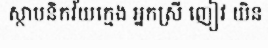
ស្ថាបនិកវ័យក្មេង អ្នកស្រី ញៀវ យិន